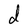
Character: d